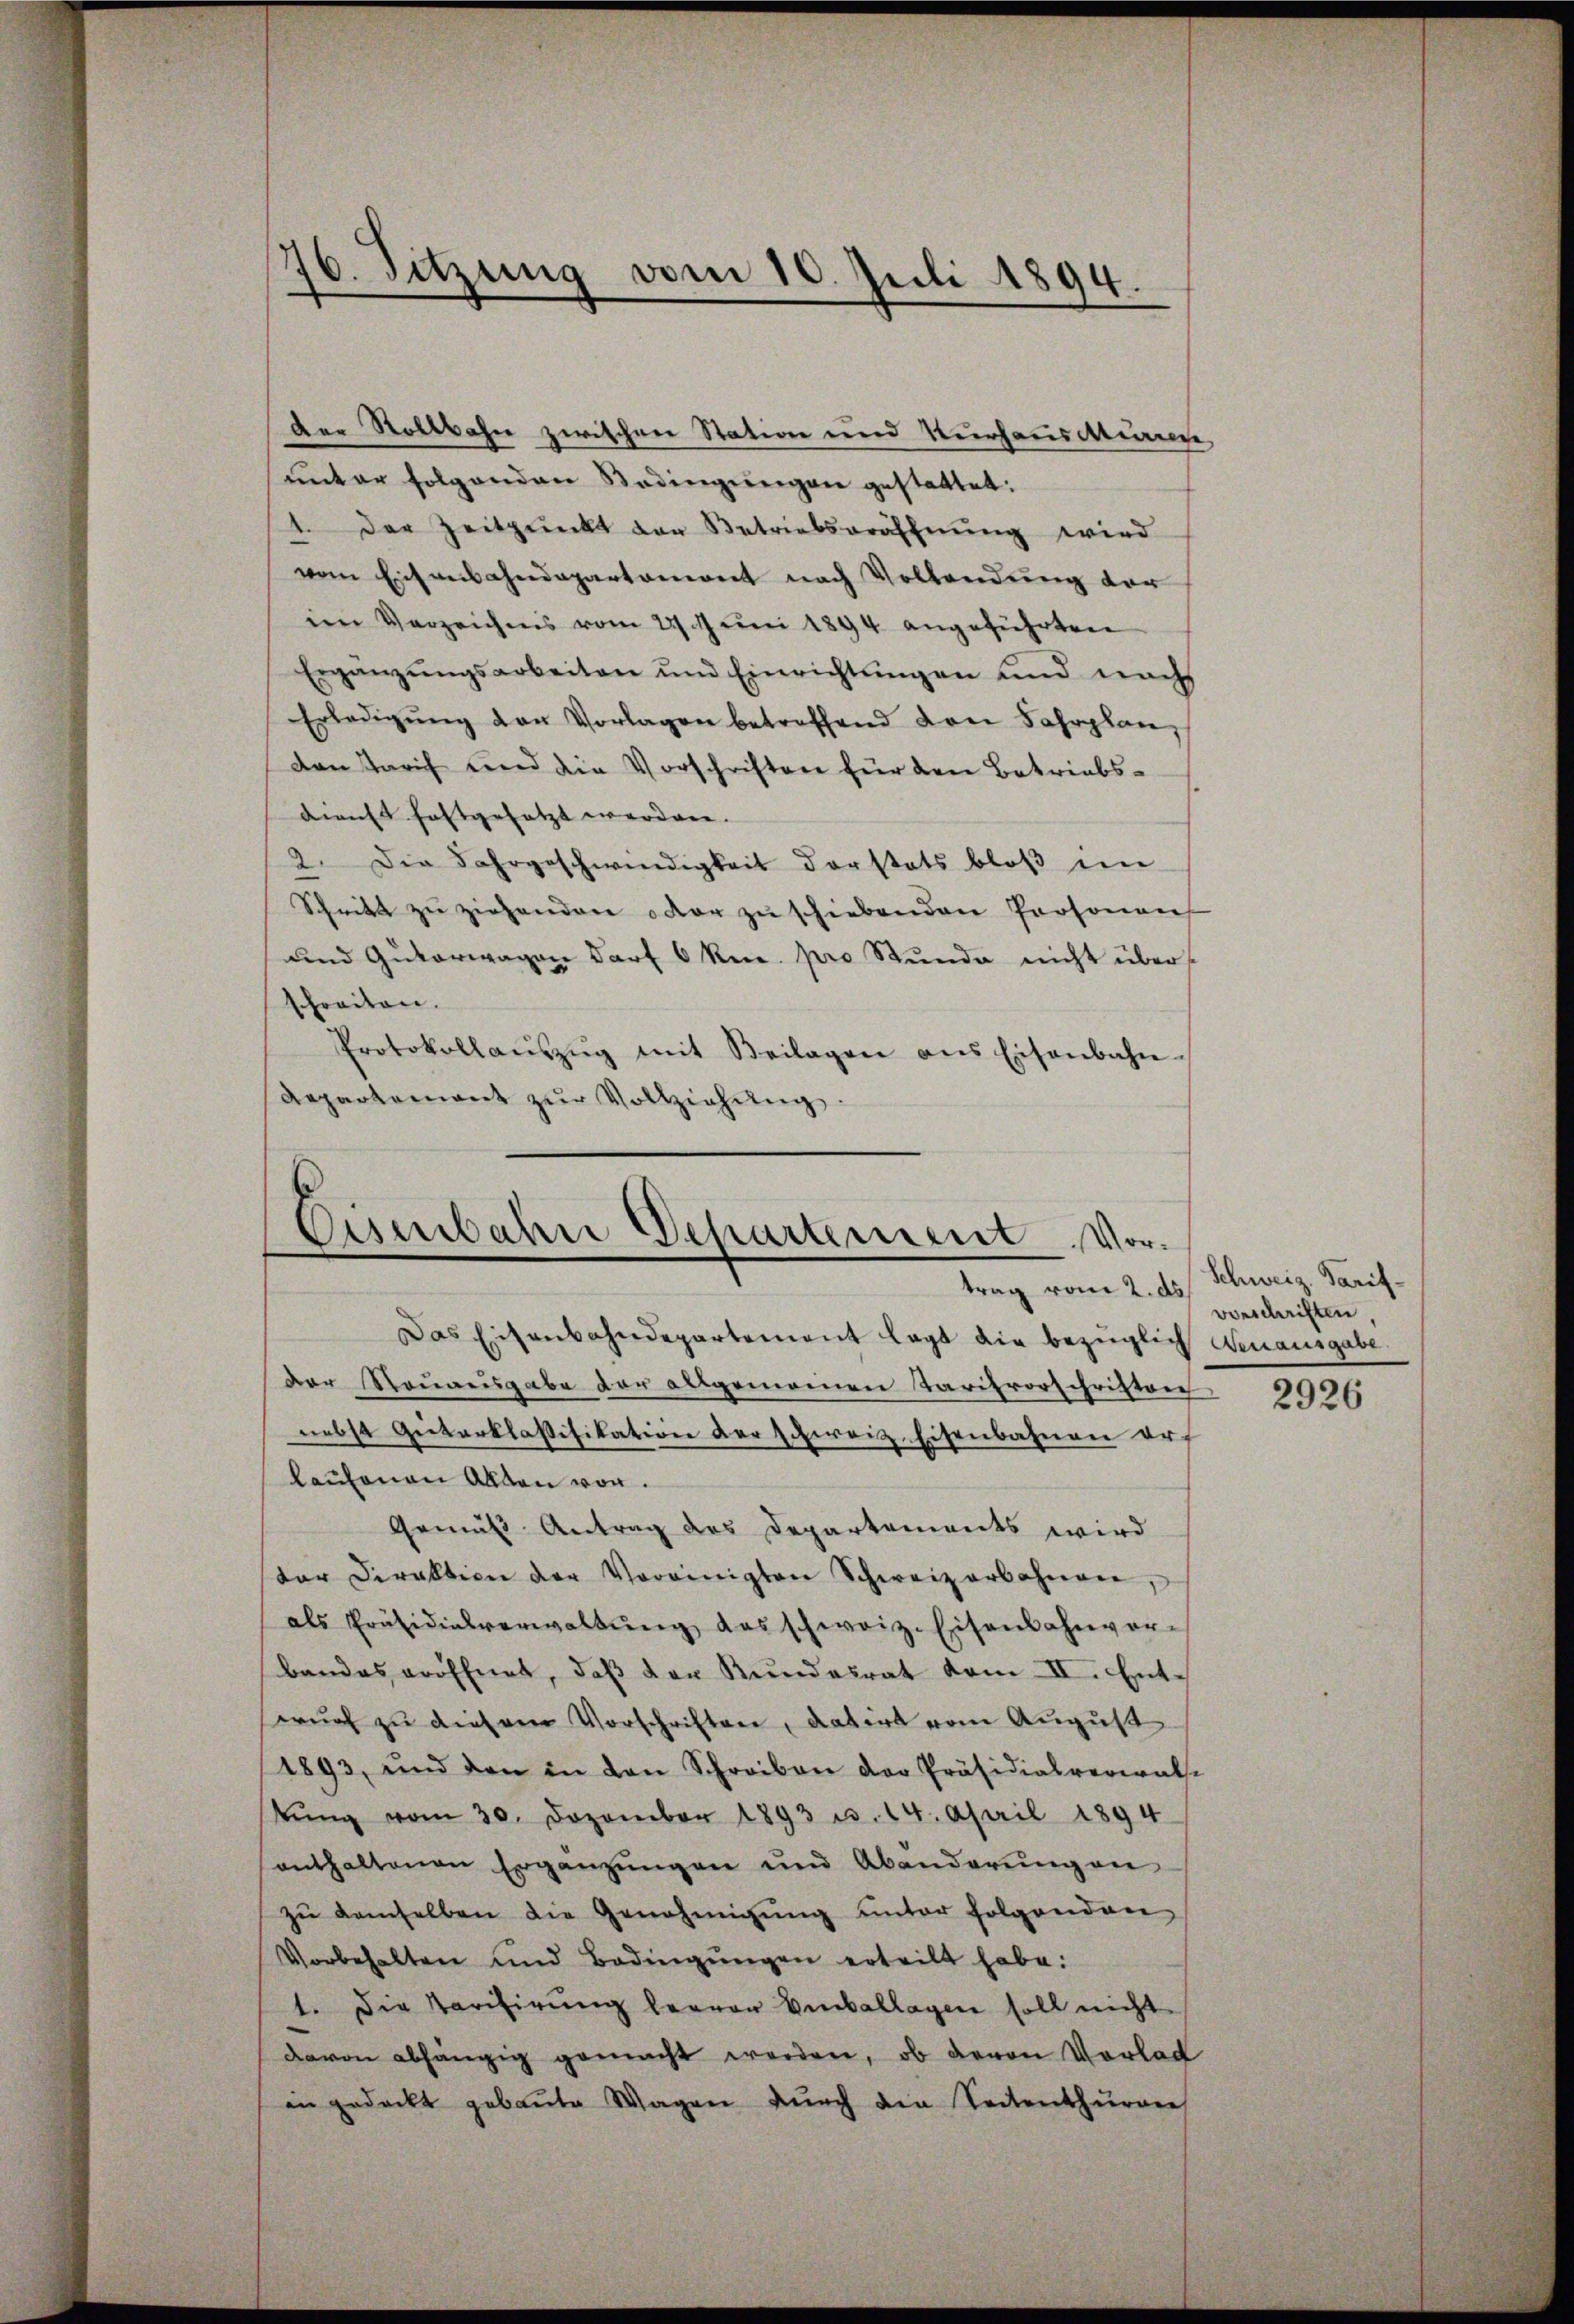
76. Sitzung vom 10. Juli 1894.

Der Stollbahn zwischen Station und Kurhausduren
unter folgenden Stadingungen gestattet:
1. Der Zeitpunkt der Betriebseräffnŭng wird
vom Eichenbahndepartemont nach Vollendung vor
im Verzeichens vom 27. Juni 1894 angeführten
Ergänzŭngsarbeiten und Einrichtŭngen und nach
Erledigŭng von Vorlagen betreffend drei Fahrplan,
den Tarif und die Vorschriften für den Betriebs¬
Kiricht festgesetzt worden. |
2. Die Fahrgeschwendigkeit derstats bloβ im
Schritt zŭ ziehenden oder zŭ schiebenden Personen
und Guterwagen darf 6 Rp. pro Stunde nicht über
schreiten.
Protokollaŭszŭg mit Beilagen ans Eisenbahn-
Repartement zŭr Vollziehŭng.

Eisenbahne Departement. Vortrag vom 2. ds Schweiz. Tarif¬

Das Eisenbahndepartement legt die bezüglich Genausgabe.
Der Rournisgabe der allgemeinen Tarifrorschriften
nebst Güterklassifikation der Schweiz. Eisenbahnen erf
laufenen Alten von
Gemäß Antrag des Departements wird
der Direktion der Vereinigten Schweizerbahnen
als Präsidialverwaltŭng das schweiz. Eisenbahnvor-
bandes eröffnet, daß der Bundesrat vom II. Entwŭrf zu diesem Vorschriften, datirt vom August
(1893, und den in den Schreiben der Präsidialverwal-
tŭng vom 30. Dezember 1893 u. 14. April 1894
enthaltenen Ergänzungen und Abänderung an
zŭ demselben die Genehmigŭng ŭnter folgenden
Vorbehalten und Bedingŭngen erteilt habe.
1. Die Tarifirung hervor Emballagen soll nicht
davon abhängig gemacht worden, ob deron Vorlad
in gedeckt gebaute Wagen dŭrch die Seitenthŭraie

vorschriften

2926